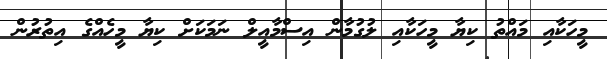
މީހަކާއި މައްތު ކިޔާ މީހަކާއި ލުގުމާން އިސްމާއީލް ނަމަކަށް ކިޔާ މީހެއްގެ އިތުރުން